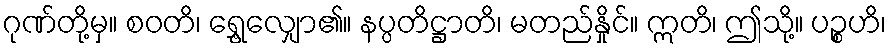
ဂုဏ်တို့မှ။ စဝတိ၊ ရွှေ့လျှော၏။ နပ္ပတိဋ္ဌာတိ၊ မတည်နှိုင်။ ဣတိ၊ ဤသို့။ ပဉ္စဟိ၊